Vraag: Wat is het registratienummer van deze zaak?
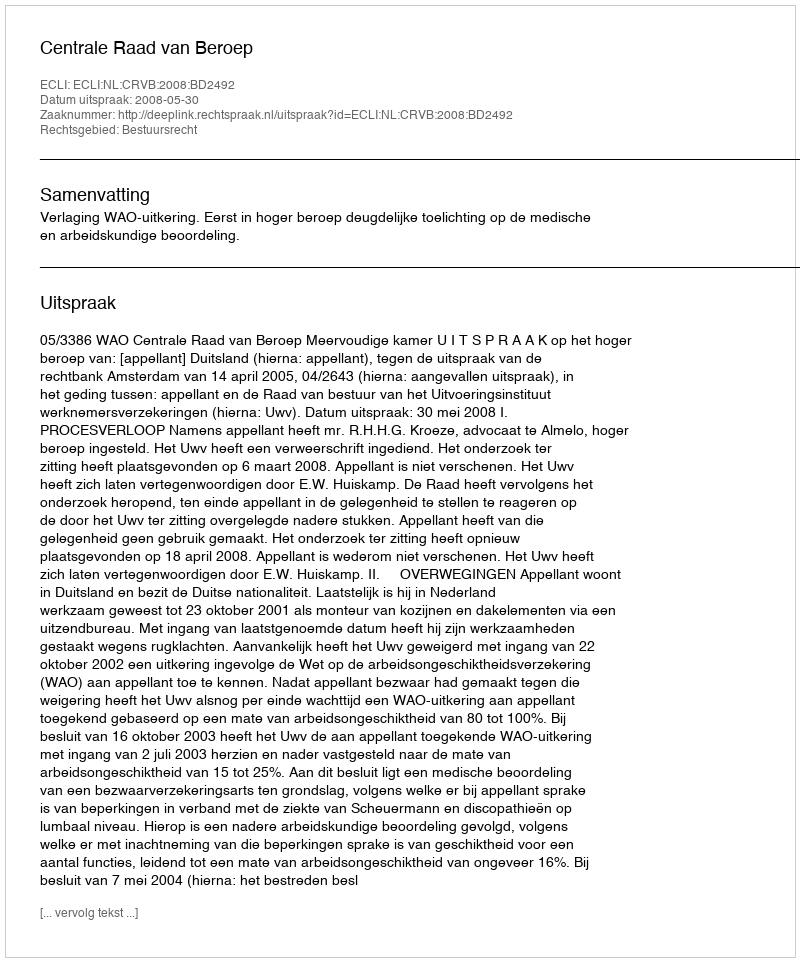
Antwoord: http://deeplink.rechtspraak.nl/uitspraak?id=ECLI:NL:CRVB:2008:BD2492